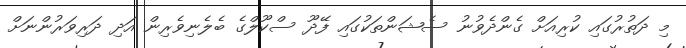
މި ދަތުރުގައި ކުރިއަށް ގެންދެވުނު ސެޝަންތަކުގައި ފޭދޫ ސްކޫލްގެ ބެލެނިވެރިން އަދި ދަރިވަރުންނަށް